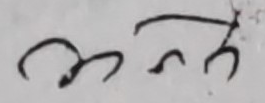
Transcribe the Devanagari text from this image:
मन्त्र